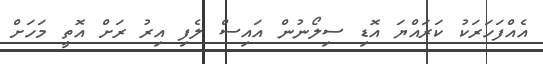
އެއްފަހަރަކު ކަރައްޔަ އޮޑި ސިލޯނުން އައިސް ލެފި އިރު ރަށް އޮތީ މަހަށް